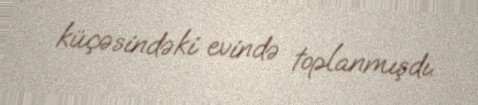
küçəsindəki evində toplanmışdı.